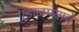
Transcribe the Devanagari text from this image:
गुंडाळण्याचे